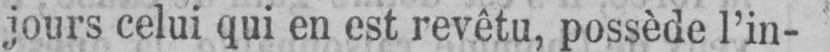
jours celui qui en est revêtu, possède l’in-